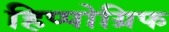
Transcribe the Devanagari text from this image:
हिप्पोग्रिफ